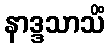
နာဒ္ဒသာသိံ